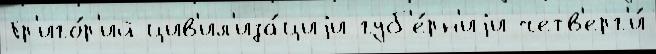
Гр'иго́р'ий цив'ил'иза́циjи губ'е́рн'иjи четв'ерг'и́